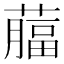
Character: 𦾕